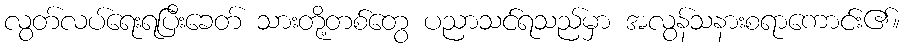
လွတ်လပ်ရေးရပြီးခေတ် သားတို့တစ်တွေ ပညာသင်ရသည်မှာ အလွန်သနားစရာကောင်း၏။